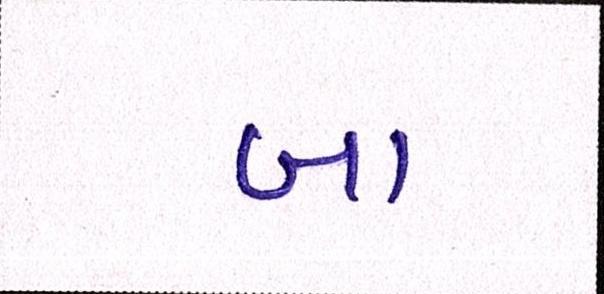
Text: બા